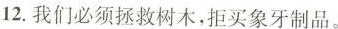
12.我们必须拯救树木,拒买象牙制品.